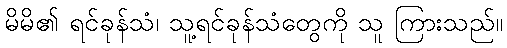
မိမိ၏ ရင်ခုန်သံ၊ သူ့ရင်ခုန်သံတွေကို သူ ကြားသည်။